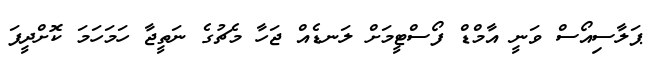
ޕަލާސިއޯސް ވަނީ އާމްޑް ފޯސްޓީމަށް ލަނޑެއް ޖަހާ މެޗުގެ ނަތީޖާ ހަމަހަމަ ކޮށްދީފަ